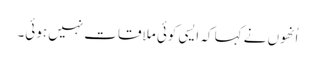
اُنھوں نے کہا کہ ایسی کوئی ملاقات نہیں ہوئی۔